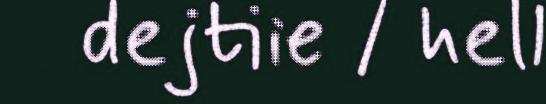
dejtiie / hell